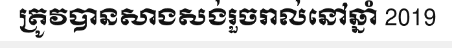
ត្រូវបានសាងសង់រួចរាល់នៅឆ្នាំ 2019